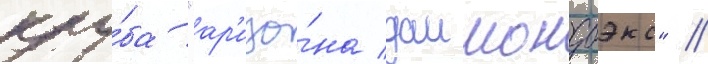
клу́ба "ар'изо́на даимондбэкс" //